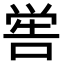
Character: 喾